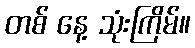
တစ် နေ့ သုံးကြိမ်။